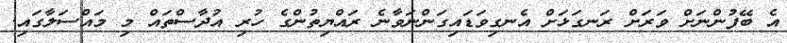
އެ ބޭފުންނަށް ވަރަށް ރަނގަޅަށް އެނގިވަޑައިގަންނަވާނެ ރައްޔިތުންގެ ހުރި އުދާސްތައް މި މައްސަލާގައި.